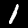
Digit: 1